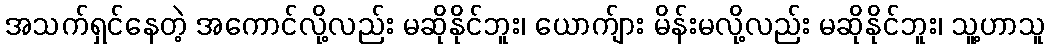
အသက်ရှင်နေတဲ့ အကောင်လို့လည်း မဆိုနိုင်ဘူး၊ ယောက်ျား မိန်းမလို့လည်း မဆိုနိုင်ဘူး၊ သူ့ဟာသူ